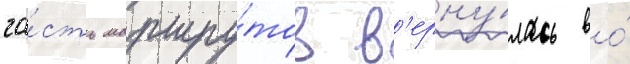
ча́сть маршру́тов в'ерну́лась во́